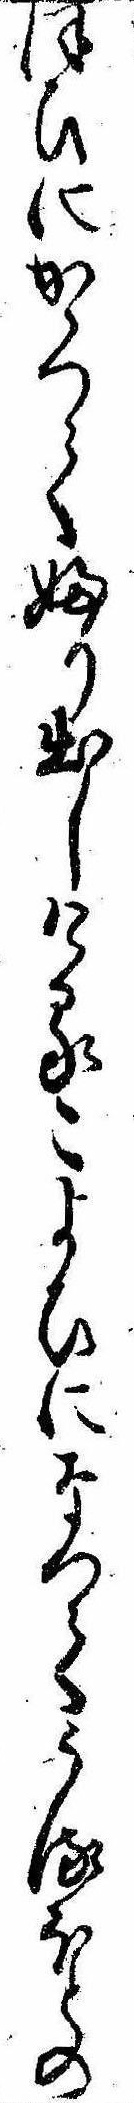
ほひにかゝつてふり出しけるこよひになつてうるほとの